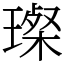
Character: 𤨪